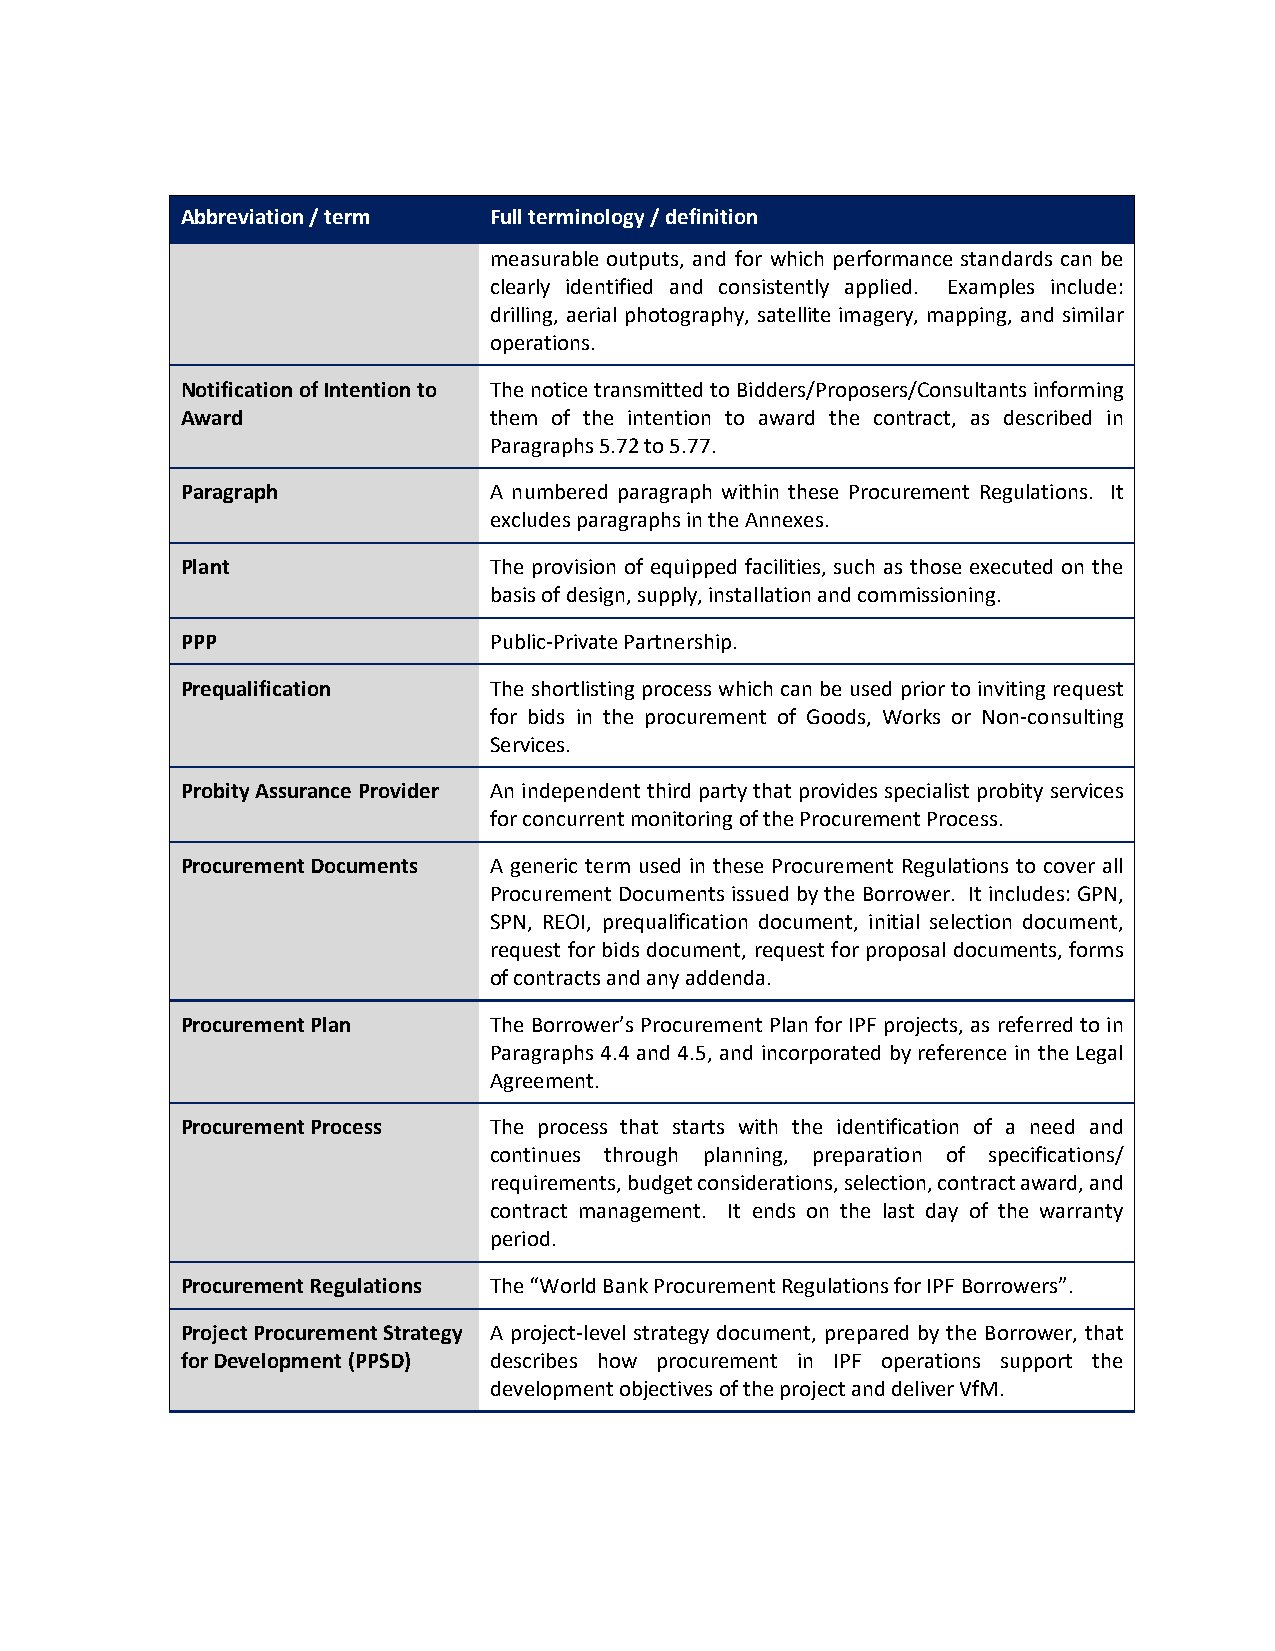
Abbreviation / term Full terminology / definition
 measurable outputs, and for which performance standards can be
 clearly identified and consistently applied. Examples include:
 drilling, aerial photography, satellite imagery, mapping, and similar
 operations.
 Notification of Intention to The notice transmitted to Bidders/Proposers/Consultants informing
 Award               them of the intention to award the contract, as described in
 Paragraphs 5.72 to 5.77.
 Paragraph           A numbered paragraph within these Procurement Regulations. It
 excludes paragraphs in the Annexes.
 Plant               The provision of equipped facilities, such as those executed on the
 basis of design, supply, installation and commissioning.
 PPP                 Public-Private Partnership.
 Prequalification    The shortlisting process which can be used prior to inviting request
 for bids in the procurement of Goods, Works or Non-consulting
 Services.
 Probity Assurance Provider An independent third party that provides specialist probity services
 for concurrent monitoring of the Procurement Process.
 Procurement Documents A generic term used in these Procurement Regulations to cover all
 Procurement Documents issued by the Borrower. It includes: GPN,
 SPN, REOI, prequalification document, initial selection document,
 request for bids document, request for proposal documents, forms
 of contracts and any addenda.
 Procurement Plan    The Borrower’s Procurement Plan for IPF projects, as referred to in
 Paragraphs 4.4 and 4.5, and incorporated by reference in the Legal
 Agreement.
 Procurement Process The process that starts with the identification of a need and
 continues through planning, preparation of specifications/
 requirements, budget considerations, selection, contract award, and
 contract management. It ends on the last day of the warranty
 period.
 Procurement Regulations The “World Bank Procurement Regulations for IPF Borrowers”.
 Project Procurement Strategy A project-level strategy document, prepared by the Borrower, that
 for Development (PPSD) describes how procurement in IPF operations support the
 development objectives of the project and deliver VfM.